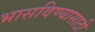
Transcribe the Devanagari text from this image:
भासविण्यासाठी